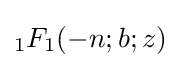
{}_{1}F_{1}(-n;b;z)